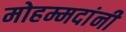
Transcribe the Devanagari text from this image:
मोहम्मदांनी